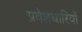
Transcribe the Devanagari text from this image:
प्रवेशधारियों